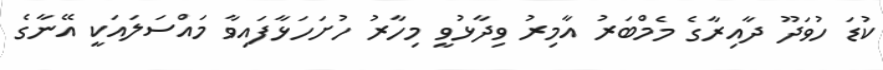
ކުޑަ ހުވަދޫ ދާއިރާގެ މެމްބަރު އާމިރު ވިދާޅުވީ މިހާރު ހުށަހަޅާފައިވާ މައްސަލައަކީ އޭނާގެ